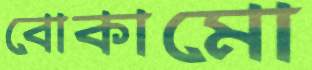
বোকামো